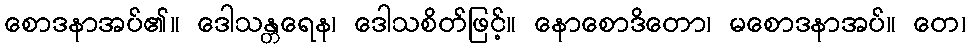
စောဒနာအပ်၏။ ဒေါသန္တရေန၊ ဒေါသစိတ်ဖြင့်။ နောစောဒိတော၊ မစောဒနာအပ်။ တေ၊